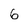
Character: 6